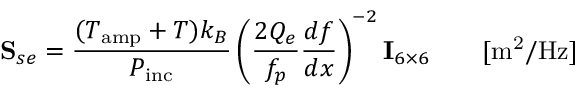
{ \bf S } _ { s e } = \frac { ( T _ { \mathrm { a m p } } + T ) k _ { B } } { P _ { \mathrm { i n c } } } \left( \frac { 2 Q _ { e } } { f _ { p } } \frac { d f } { d x } \right) ^ { - 2 } { \bf I } _ { 6 \times 6 } \qquad [ \mathrm { m ^ { 2 } / H z } ]